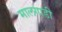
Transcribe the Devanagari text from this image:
मालगाडी